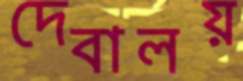
দেবালয়